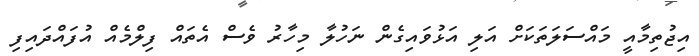
އިޖުތިމާއީ މައްސަލަތަކަށް އަލި އަޅުވައިގެން ނަހުލާ މިހާރު ވެސް އެތައް ފިލްމެއް އުފައްދައިފި